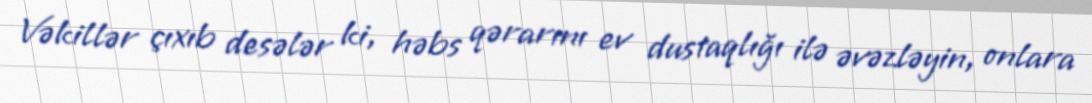
Vəkillər çıxıb desələr ki, həbs qərarını ev dustaqlığı ilə əvəzləyin, onlara